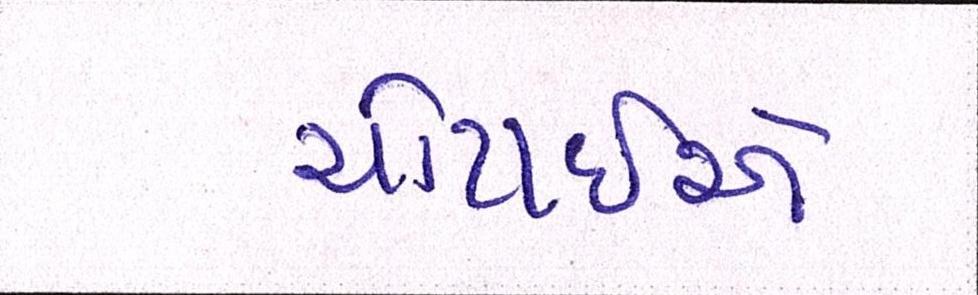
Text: ચોટાઇએ